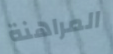
المراهنة